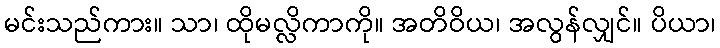
မင်းသည်ကား။ သာ၊ ထိုမလ္လိကာကို။ အတိဝိယ၊ အလွန်လျှင်။ ပိယာ၊